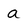
Character: a